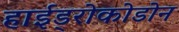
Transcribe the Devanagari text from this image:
हाईड्रोकोडोन